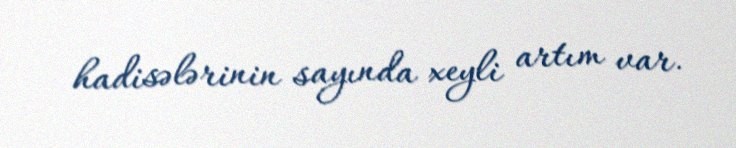
hadisələrinin sayında xeyli artım var.